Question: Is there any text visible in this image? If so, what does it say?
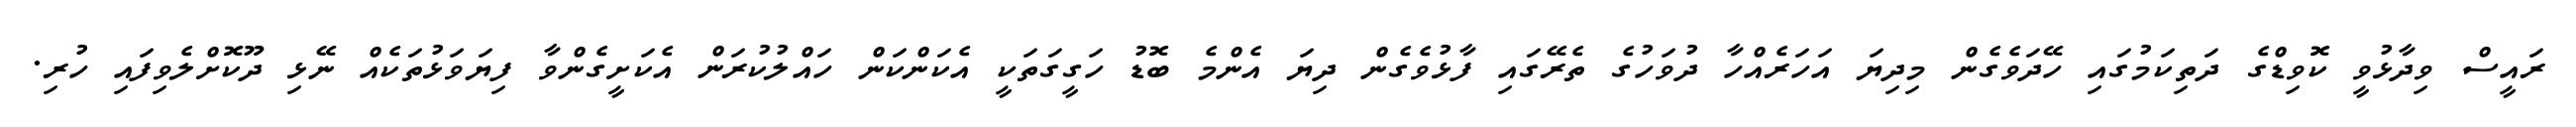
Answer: ރައީސް ވިދާޅުވީ ކޮވިޑްގެ ދަތިކަމުގައި ހޭދަވެގެން މިދިޔަ އަހަރެއްހާ ދުވަހުގެ ތެރޭގައި ފާޅުވެގެން ދިޔަ އެންމެ ބޮޑު ހަގީގަތަކީ އެކަންކަން ހައްލުކުރަން އެކަށީގެންވާ ފިޔަވަޅުތަކެއް ނޭޅި ދޫކޮށްލެވިފައި ހުރި.